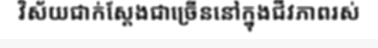
វិស័យជាក់ស្តែងជាច្រើននៅក្នុងជីវភាពរស់